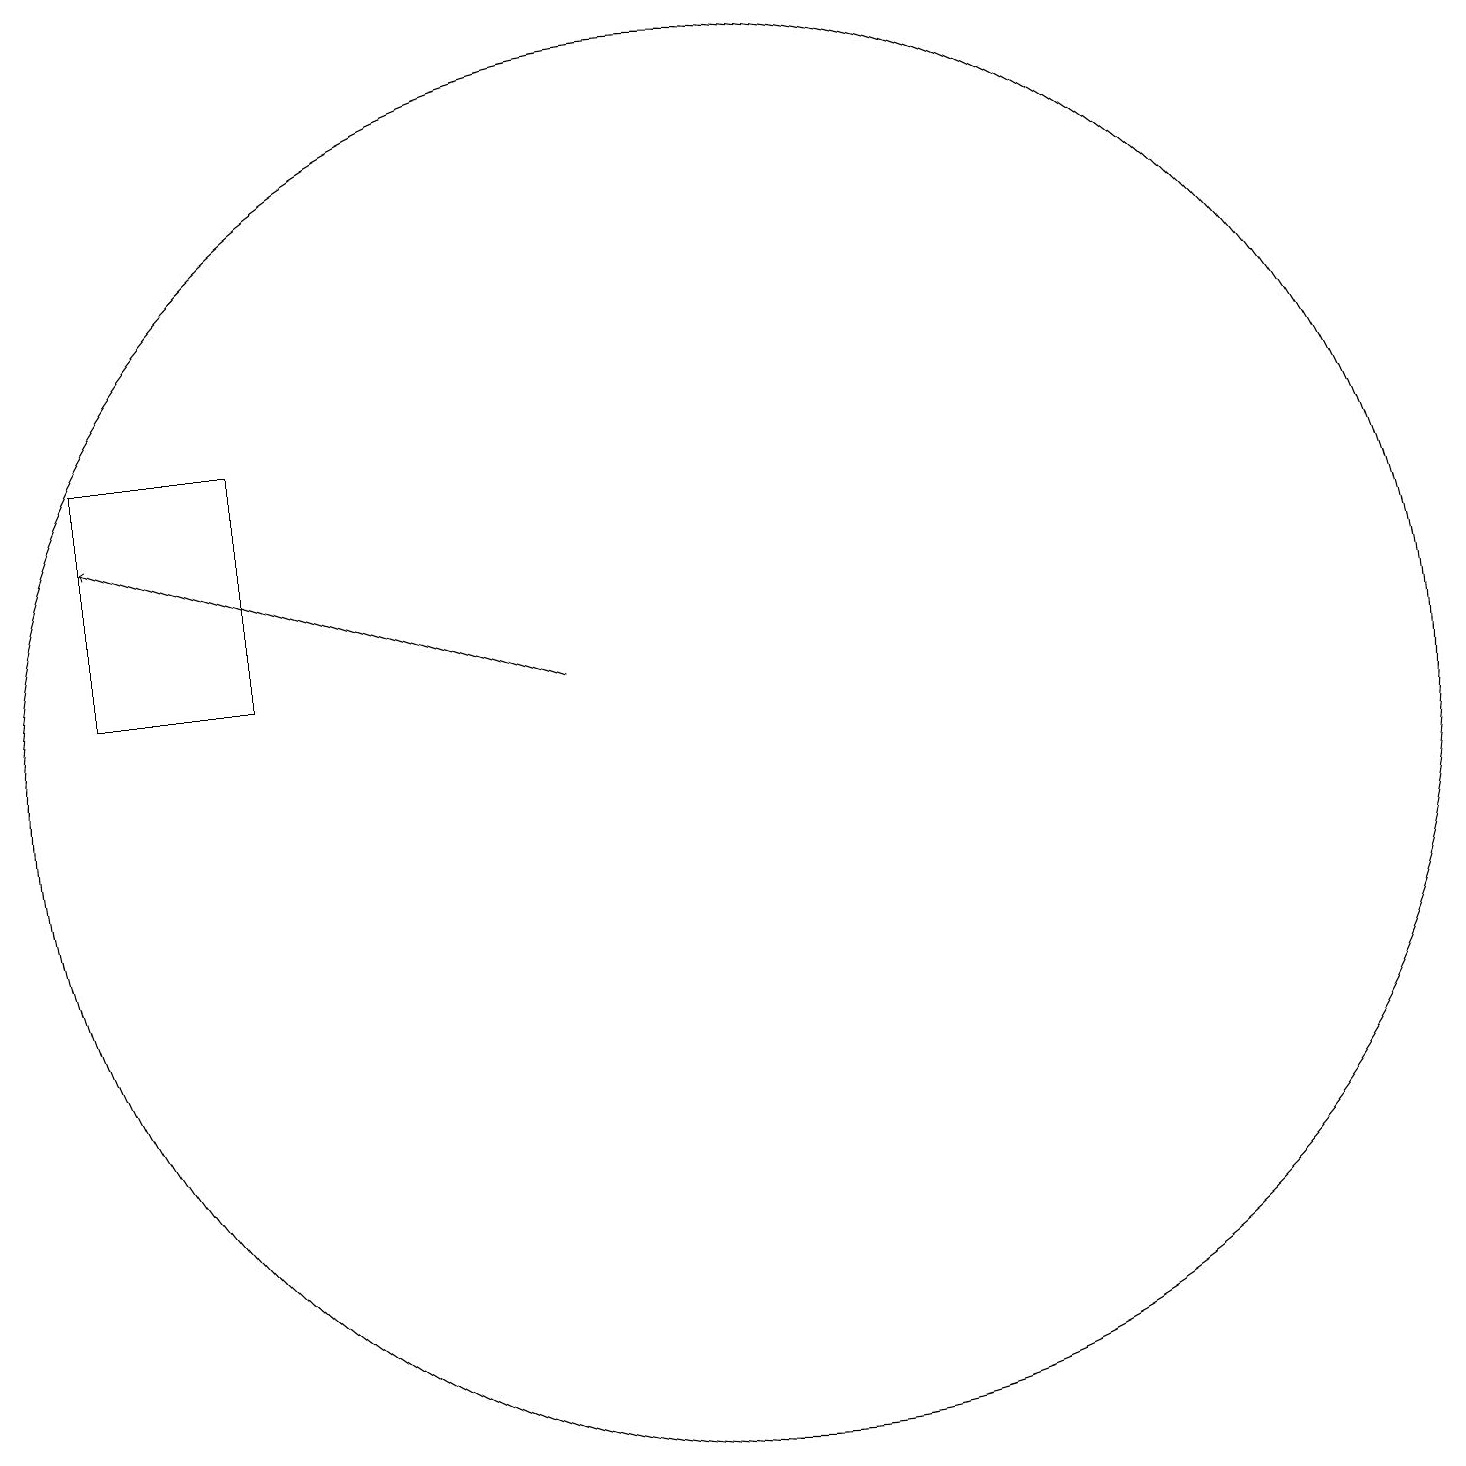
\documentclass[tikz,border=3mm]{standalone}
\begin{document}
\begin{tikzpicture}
\draw (11,10) circle (9);
\draw (3,11) rectangle (5,14);
\draw[->] (9,11) -- (3,13);
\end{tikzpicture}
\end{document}